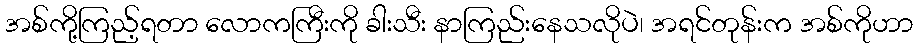
အစ်ကို့ကြည့်ရတာ လောကကြီးကို ခါးသီး နာကြည်းနေသလိုပဲ၊ အရင်တုန်းက အစ်ကိုဟာ